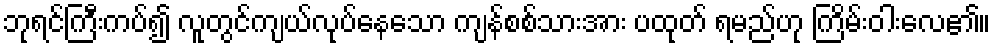
ဘုရင်ကြီးကပ်၍ လူတွင်ကျယ်လုပ်နေသော ကျန်စစ်သားအား ပထုတ် ရမည်ဟု ကြိမ်းဝါးလေ၏။